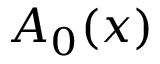
A _ { 0 } ( x )